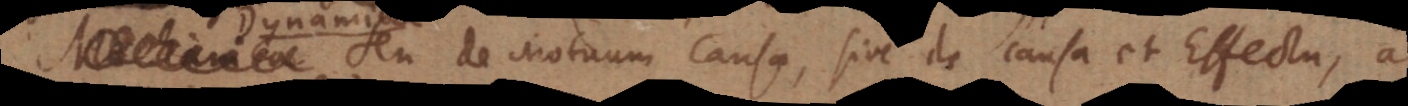
seu de Motuum Causa, sive de Causa et Effectu, ac